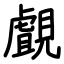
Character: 覰